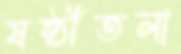
ষষ্ঠীতলা